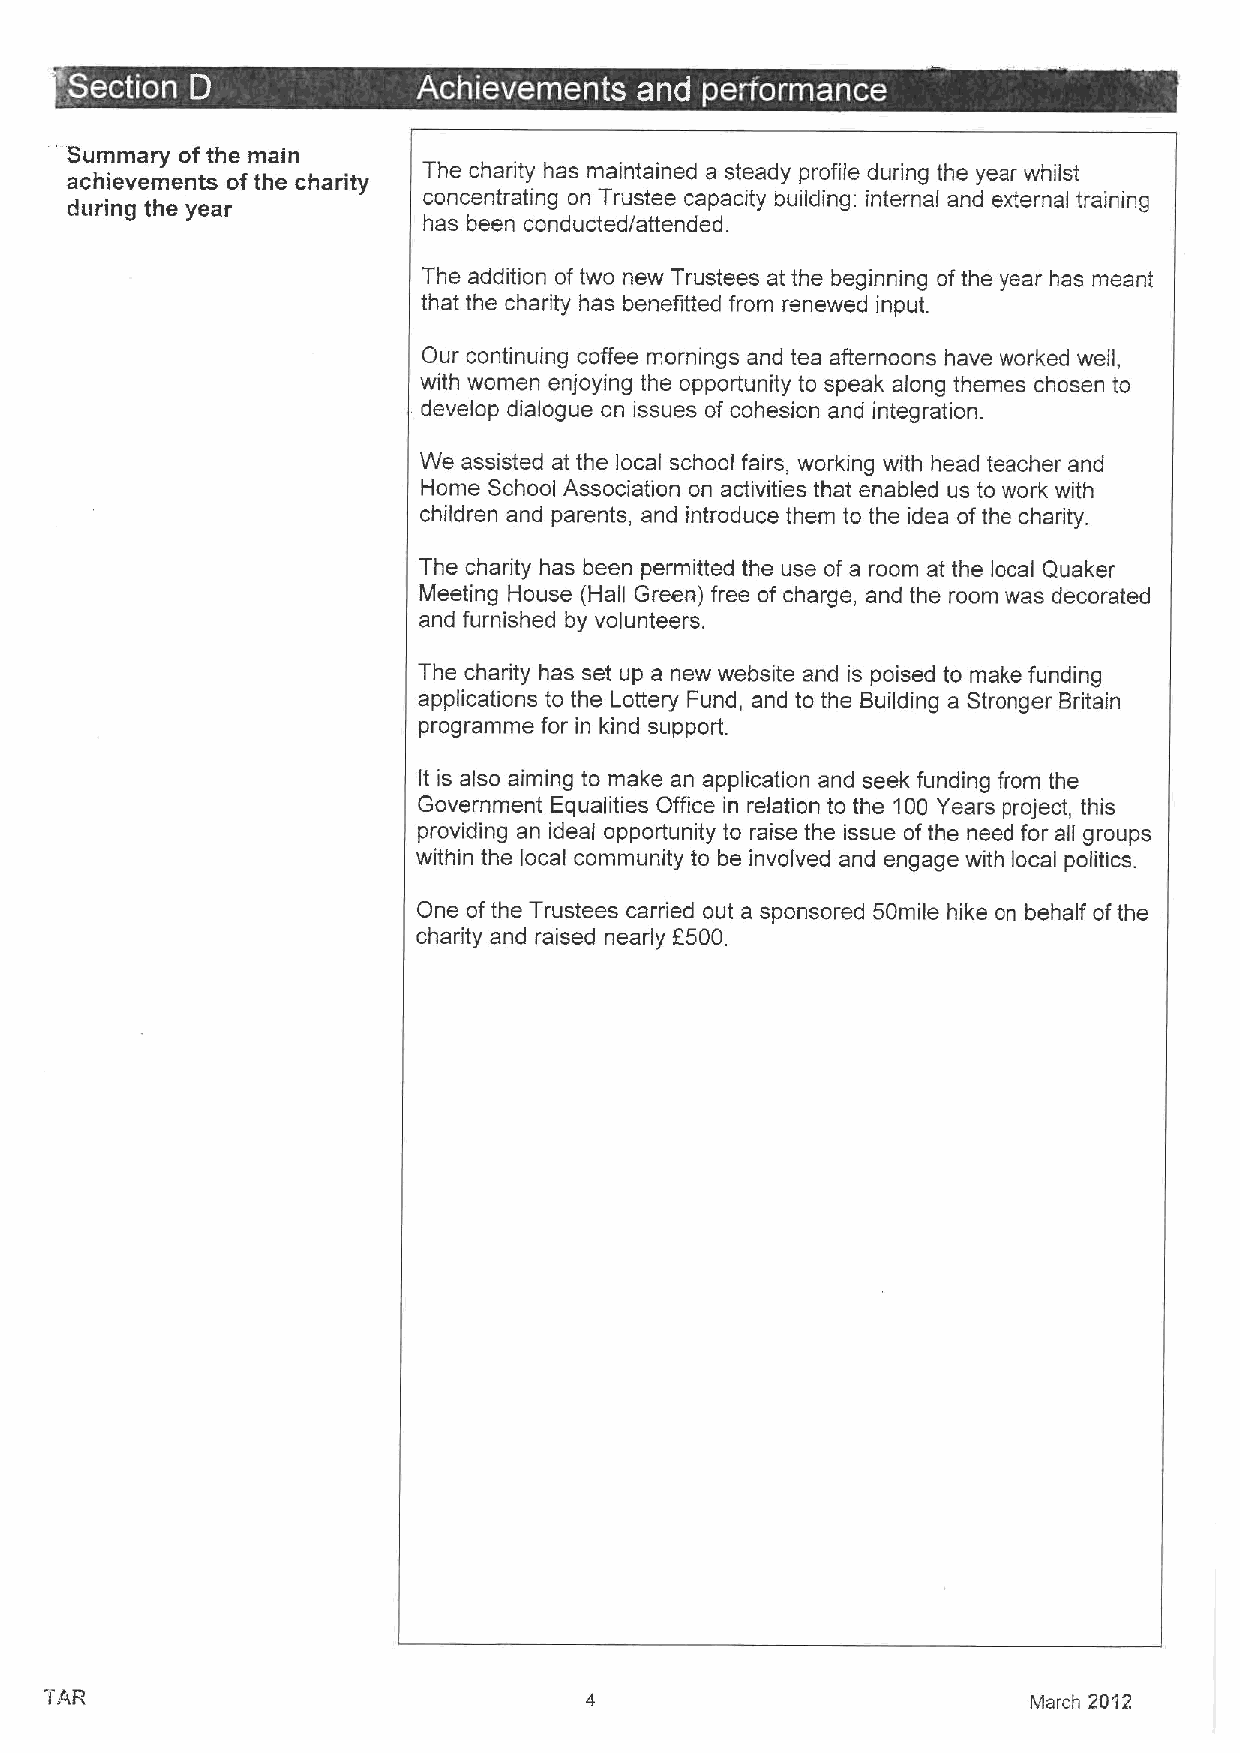
~  ~                               ~ ~  ~
 Summary ofthe main
 achievements ofthe charity The charity has maintained a steady profile during the year whilst
 during the year         concentrating on Trustee capacity building: internal and external training
 has been conducted/attended.
 The addition of two new Trustees at the beginning ofthe year has meant
 that the charity has benefitted from renewed input.
 Our continuing coffee mornings and tea afternoons have worked well,
 with women enjoying the opportunity to speak along themes chosen to
 develop dialogue on issues of cohesion and integration.
 We assisted at the local school fairs, working with head teacher and
 Home School Association on activities that enabled us to work with
 children and parents, and introduce them to the idea ofthe charity.
 The charity has been permitted the use of a room at the local Quaker
 Meeting House (Hall Green) free of charge, and the room was decorated
 and furnished by volunteers.
 The charity has set up a new website and is poised to make funding
 applications to the Lottery Fund, and to the Building a Stronger Britain
 programme for in kind support.
 It is also aiming to make an application and seek funding from the
 Government Equalities Office in relation to the 100 Years project, this
 providing an ideal opportunity to raise the issue ofthe need for all groups
 within the local community to be involved and engage with local politics.
 One ofthe Trustees carried out a sponsored 50mile hike on behalf ofthe
 charity and raised nearly F500
 March 2012